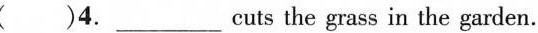
()4. ___ cuts the grass in the garden.